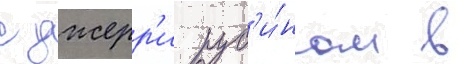
с джерр'и руб'и́ном в